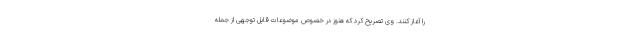
را آغاز کنند. وی تصریح کرد که هنوز در خصوص موضوعات قابل توجهی از جمله